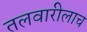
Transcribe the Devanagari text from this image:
तलवारीलाच